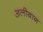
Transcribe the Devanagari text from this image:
अलीबाग़